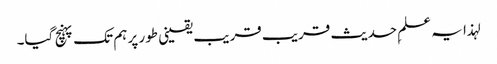
لہذا یہ علمِ حدیث قریب قریب یقینی طور پر ہم تک پہنچ گیا۔